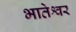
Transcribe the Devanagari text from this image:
भातेश्वर